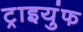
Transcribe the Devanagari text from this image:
ट्राइयुंफ